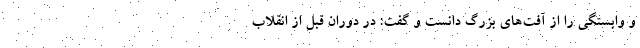
و وابستگی را از آفت‌های بزرگ دانست و گفت: در دوران قبل از انقلاب